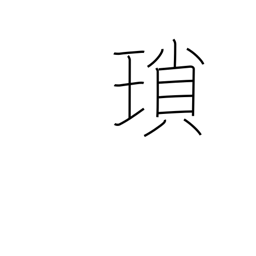
Meaning: chain